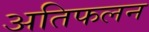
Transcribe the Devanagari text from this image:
अतिफलन